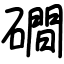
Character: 磵